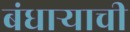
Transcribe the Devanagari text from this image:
बंधार्‍याची